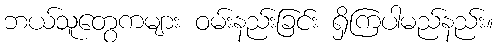
ဘယ်သူတွေကများ ဝမ်းနည်းခြင်း ရှိကြပါမည်နည်း။